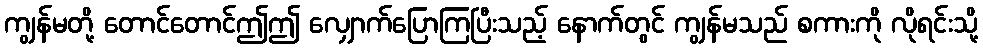
ကျွန်မတို့ တောင်တောင်ဤဤ လျှောက်ပြောကြပြီးသည့် နောက်တွင် ကျွန်မသည် စကားကို လိုရင်းသို့